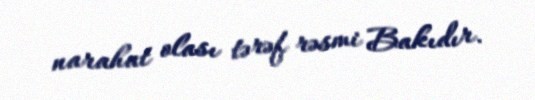
narahat olası tərəf rəsmi Bakıdır.